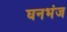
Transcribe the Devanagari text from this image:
घनभंज